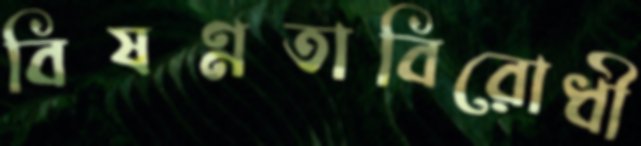
বিষণ্নতাবিরোধী